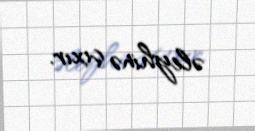
əleyhinə çıxır.